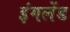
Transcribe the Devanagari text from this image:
इंगलेंड